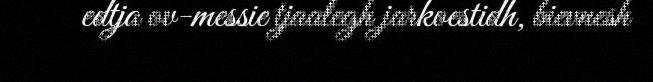
edtja ov-messie tjaalegh jarkoestidh, bievnesh